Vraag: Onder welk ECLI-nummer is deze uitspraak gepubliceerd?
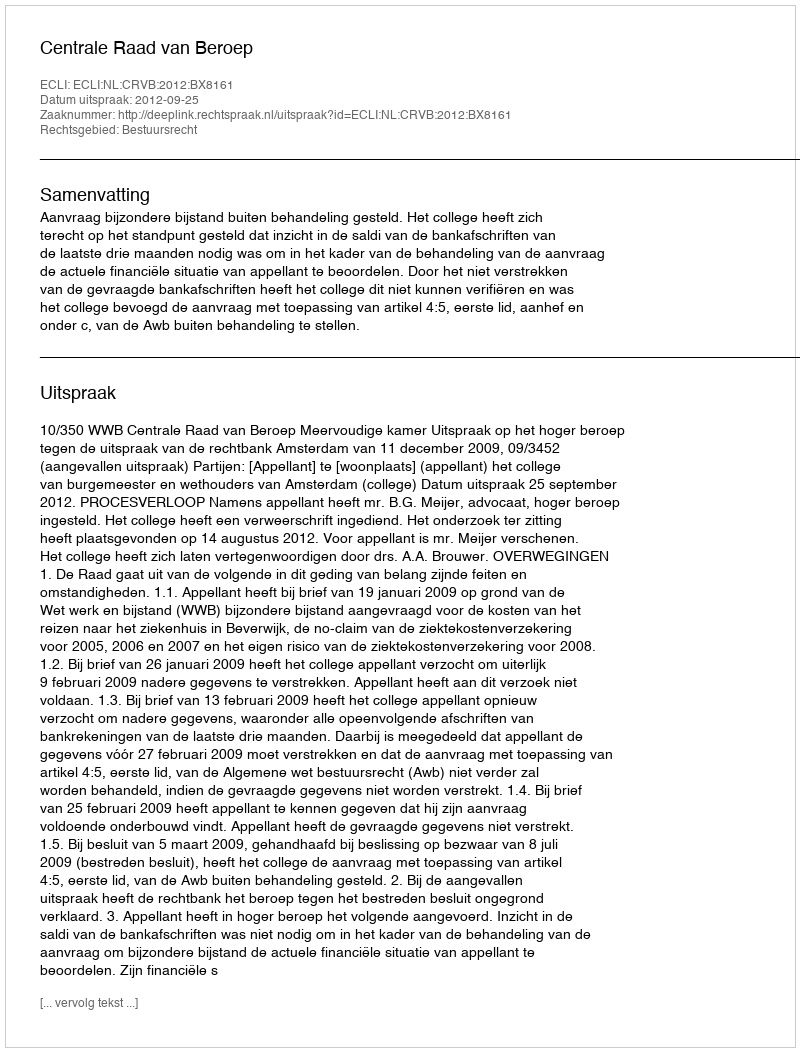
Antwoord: ECLI:NL:CRVB:2012:BX8161